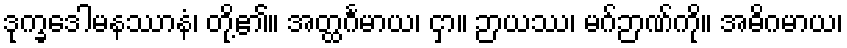
ဒုက္ခဒေါမနဿာနံ၊ တို့၏။ အတ္ထင်္ဂမာယ၊ ငှာ။ ဉာယဿ၊ မဂ်ဉာဏ်ကို။ အဓိဂမာယ၊